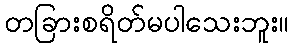
တခြားစရိတ်မပါသေးဘူး။